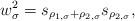
LaTeX: \begin{align*}w_{\sigma}^2 = s_{\rho_{1, \sigma}+\rho_{2, \sigma}} s_{\rho_{2, \sigma}},\end{align*}